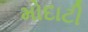
મોદાટી